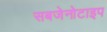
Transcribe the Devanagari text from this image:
सबजेनोटाइप